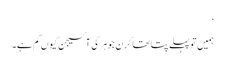
‘
ہمیں تو پہلے پتا تھا کرن جوہر کی آکسیجن کیوں کم ہے۔